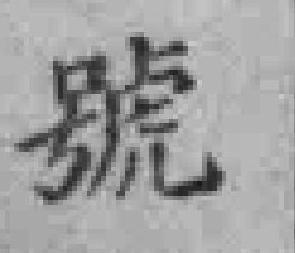
號